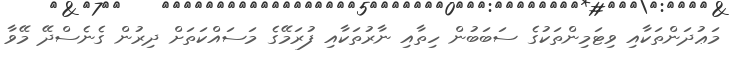
މަޢުދަންތަކާއި ވިޓަމިންތަކުގެ ސަބަބުން ހިތާއި ނާރުތަކާއި ފުރަމޭގެ މަސައްކަތަށް ދިރުން ގެނެސްދޭ މޭވާ